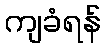
ကျခံရန်